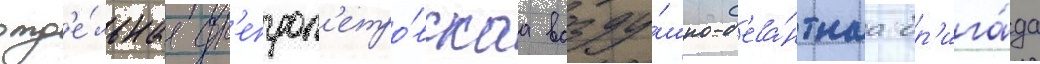
отд'е́льнаа дн'епроп'етро́вскаа возду́шно-д'еса́нтнаа бр'ига́да